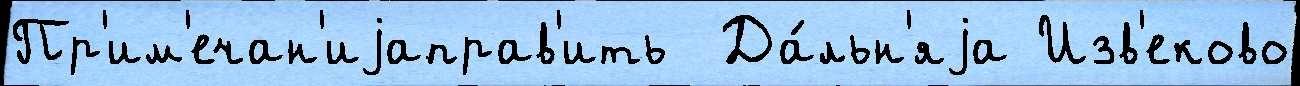
Пр'им'ечан'иjаправ'ить  Да́льн'яjа Изв'еково